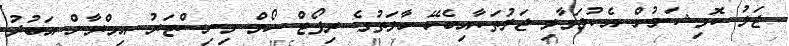
ޖަލު ކޮމިޝަނުން އެކުލަވާލި ޖަލުތަކާއިބެހޭ ހާލަތުގެ ރިޕޯޓް ހޯމް މިނިސްޓަރު އިމްރާން އަބުދު